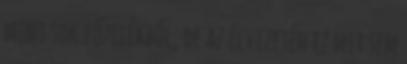
mint sok főzelékből, de az élvezetén ez mit sem